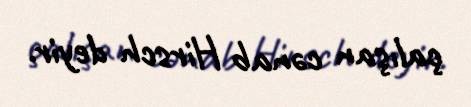
çalışan cənab Hirsch deyir.